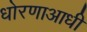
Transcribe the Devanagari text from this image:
धोरणाआधी